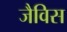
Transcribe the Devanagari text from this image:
जैविस